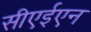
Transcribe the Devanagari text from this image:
सीएईएन